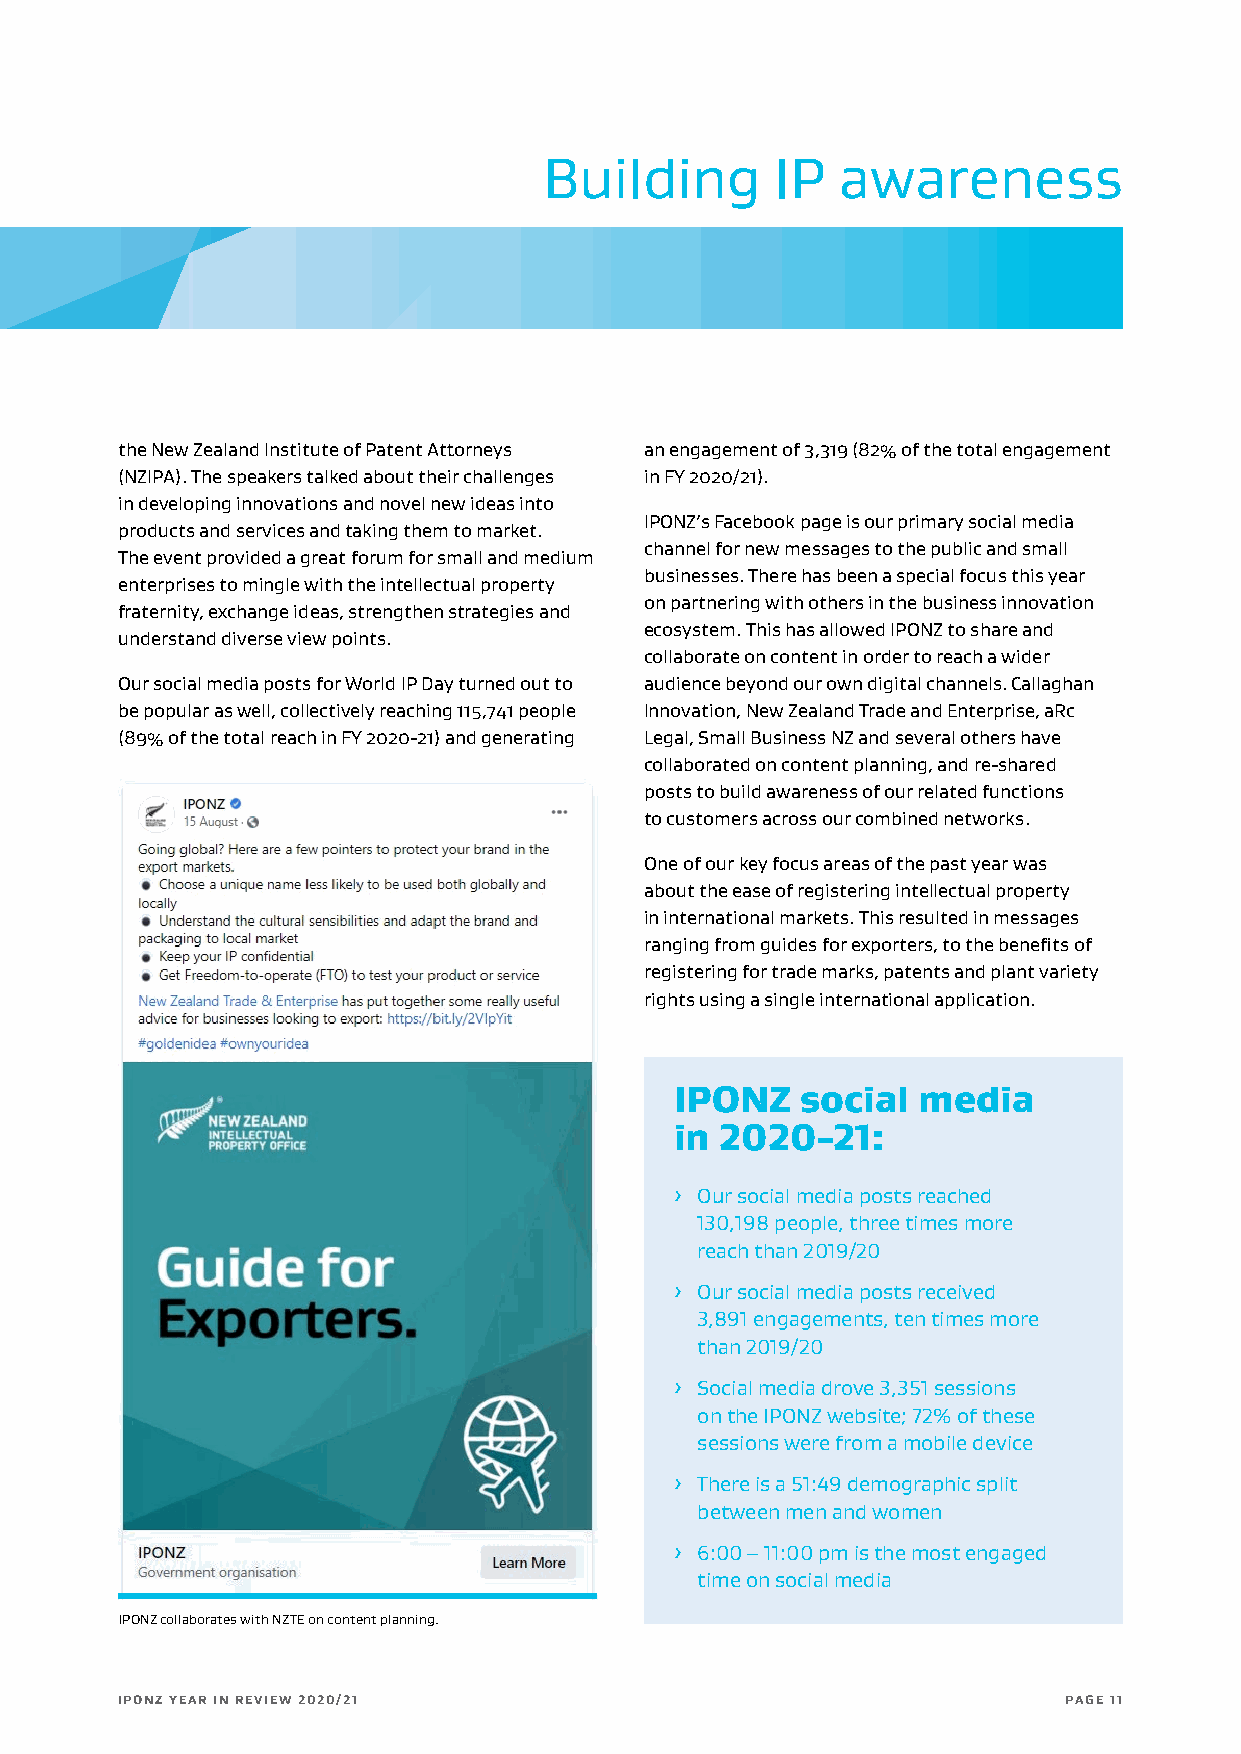
Building       IP   awareness
 the New Zealand Institute of Patent Attorneys an engagement of 3,319 (82% of the total engagement
 (NZIPA). The speakers talked about their challenges in FY 2020/21).
 in developing innovations and novel new ideas into
 IPONZ’s Facebook page is our primary social media
 products and services and taking them to market.
 channel for new messages to the public and small
 The event provided a great forum for small and medium
 businesses. There has been a special focus this year
 enterprises to mingle with the intellectual property
 on partnering with others in the business innovation
 fraternity, exchange ideas, strengthen strategies and
 ecosystem. This has allowed IPONZ to share and
 understand diverse view points.
 collaborate on content in order to reach a wider
 Our social media posts for World IP Day turned out to audience beyond our own digital channels. Callaghan
 be popular as well, collectively reaching 115,741 people Innovation, New Zealand Trade and Enterprise, aRc
 (89% of the total reach in FY 2020-21) and generating Legal, Small Business NZ and several others have
 collaborated on content planning, and re-shared
 posts to build awareness of our related functions
 to customers across our combined networks.
 One of our key focus areas of the past year was
 about the ease of registering intellectual property
 in international markets. This resulted in messages
 ranging from guides for exporters, to the benefits of
 registering for trade marks, patents and plant variety
 rights using a single international application.
 IPONZ   social  media
 in 2020-21:
 ȓ Our social media posts reached
 130,198 people, three times more
 reach than 2019/20
 ȓ Our social media posts received
 3,891 engagements, ten times more
 than 2019/20
 ȓ Social media drove 3,351 sessions
 on the IPONZ website; 72% of these
 sessions were from a mobile device
 ȓ There is a 51:49 demographic split
 between men and women
 ȓ 6:00 – 11:00 pm is the most engaged
 time on social media
 IPONZ collaborates with NZTE on content planning.
 IPONZ YEAR IN REVIEW 2020/21                                  PAGE 11